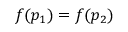
f ( p _ { 1 } ) = f ( p _ { 2 } )